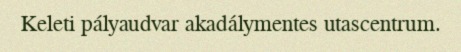
Keleti pályaudvar akadálymentes utascentrum.